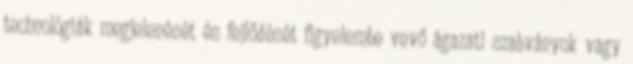
technológiák megjelenését és fejlődését figyelembe vevő ágazati szabványok vagy